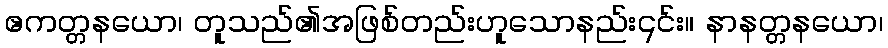
ဧကတ္တနယော၊ တူသည်၏အဖြစ်တည်းဟူသောနည်း၎င်း။ နာနတ္တနယော၊